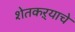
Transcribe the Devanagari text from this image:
शेतकऱ्याचे